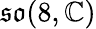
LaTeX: {\mathfrak{so}}(8,\mathbb{C})